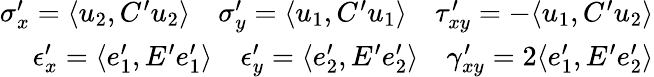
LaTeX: \begin{array}{r}{\sigma_{x}^{\prime}=\langle u_{2},C^{\prime}u_{2}\rangle\quad\sigma_{y}^{\prime}=\langle u_{1},C^{\prime}u_{1}\rangle\quad\tau_{xy}^{\prime}=-\langle u_{1},C^{\prime}u_{2}\rangle}\\ {\epsilon_{x}^{\prime}=\langle e_{1}^{\prime},E^{\prime}e_{1}^{\prime}\rangle\quad\epsilon_{y}^{\prime}=\langle e_{2}^{\prime},E^{\prime}e_{2}^{\prime}\rangle\quad\gamma_{xy}^{\prime}=2\langle e_{1}^{\prime},E^{\prime}e_{2}^{\prime}\rangle}\end{array}